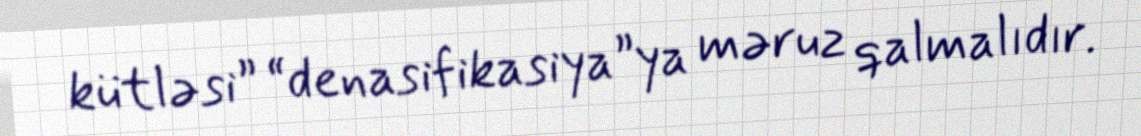
kütləsi” “denasifikasiya”ya məruz qalmalıdır.